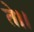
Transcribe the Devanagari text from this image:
ते।।